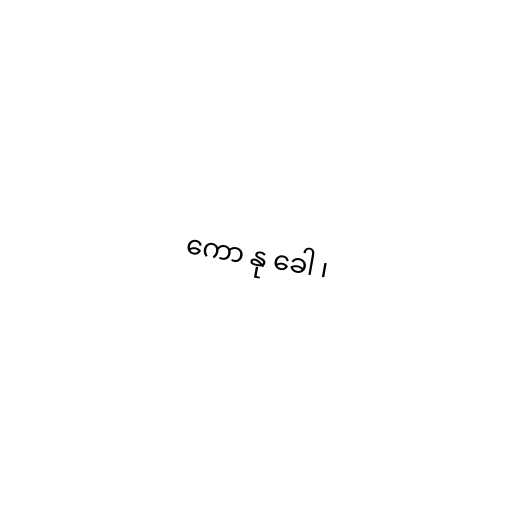
ကော နု ခေါ ၊